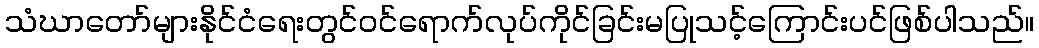
သံဃာတော်များနိုင်ငံရေးတွင်ဝင်ရောက်လုပ်ကိုင်ခြင်းမပြုသင့်ကြောင်းပင်ဖြစ်ပါသည်။